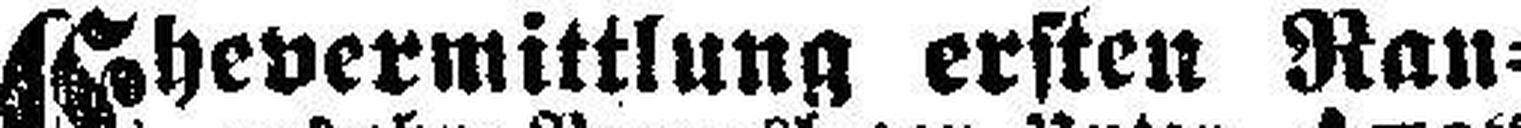
Ehevermittlung ersten Ran¬